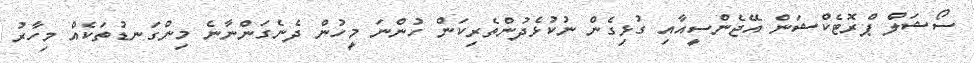
ސޯޝަލް ޕްރޮޓެކްޝަން އޭޖެންސީއާއި ގުޅިގެން ނުކުޅެދުންތެރިކަން ހުންނަ މީހުން ދެނެގަންނާނެ މިންގަނޑުތަކެއް މިހާރު